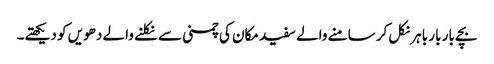
بچے بار بار باہر نکل کر سامنے والے سفید مکان کی چمنی سے نکلنے والے دھویں کو دیکھتے۔